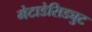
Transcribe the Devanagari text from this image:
मेटाडेसिड्युट